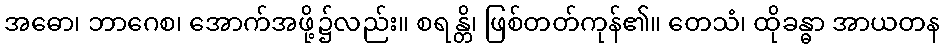
အဓော၊ ဘာဂေစ၊ အောက်အဖို့၌လည်း။ စရန္တိ၊ ဖြစ်တတ်ကုန်၏။ တေသံ၊ ထိုခန္ဓာ အာယတန